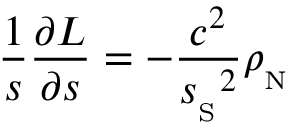
{ \frac { 1 } { s } } { \frac { \partial { \cal L } } { \partial s } } = - { \frac { c ^ { 2 } } { { s _ { _ \mathrm { S } } } ^ { 2 } } } { \rho _ { _ \mathrm { N } } }